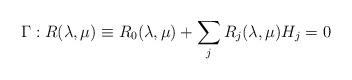
LaTeX: \begin{align*}\Gamma: R(\lambda, \mu) \equiv R_0(\lambda,\mu) + \sum_j R_j(\lambda,\mu) H_j = 0\end{align*}